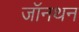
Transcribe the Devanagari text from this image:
जॉनथन